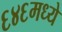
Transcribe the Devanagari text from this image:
६४६मध्ये